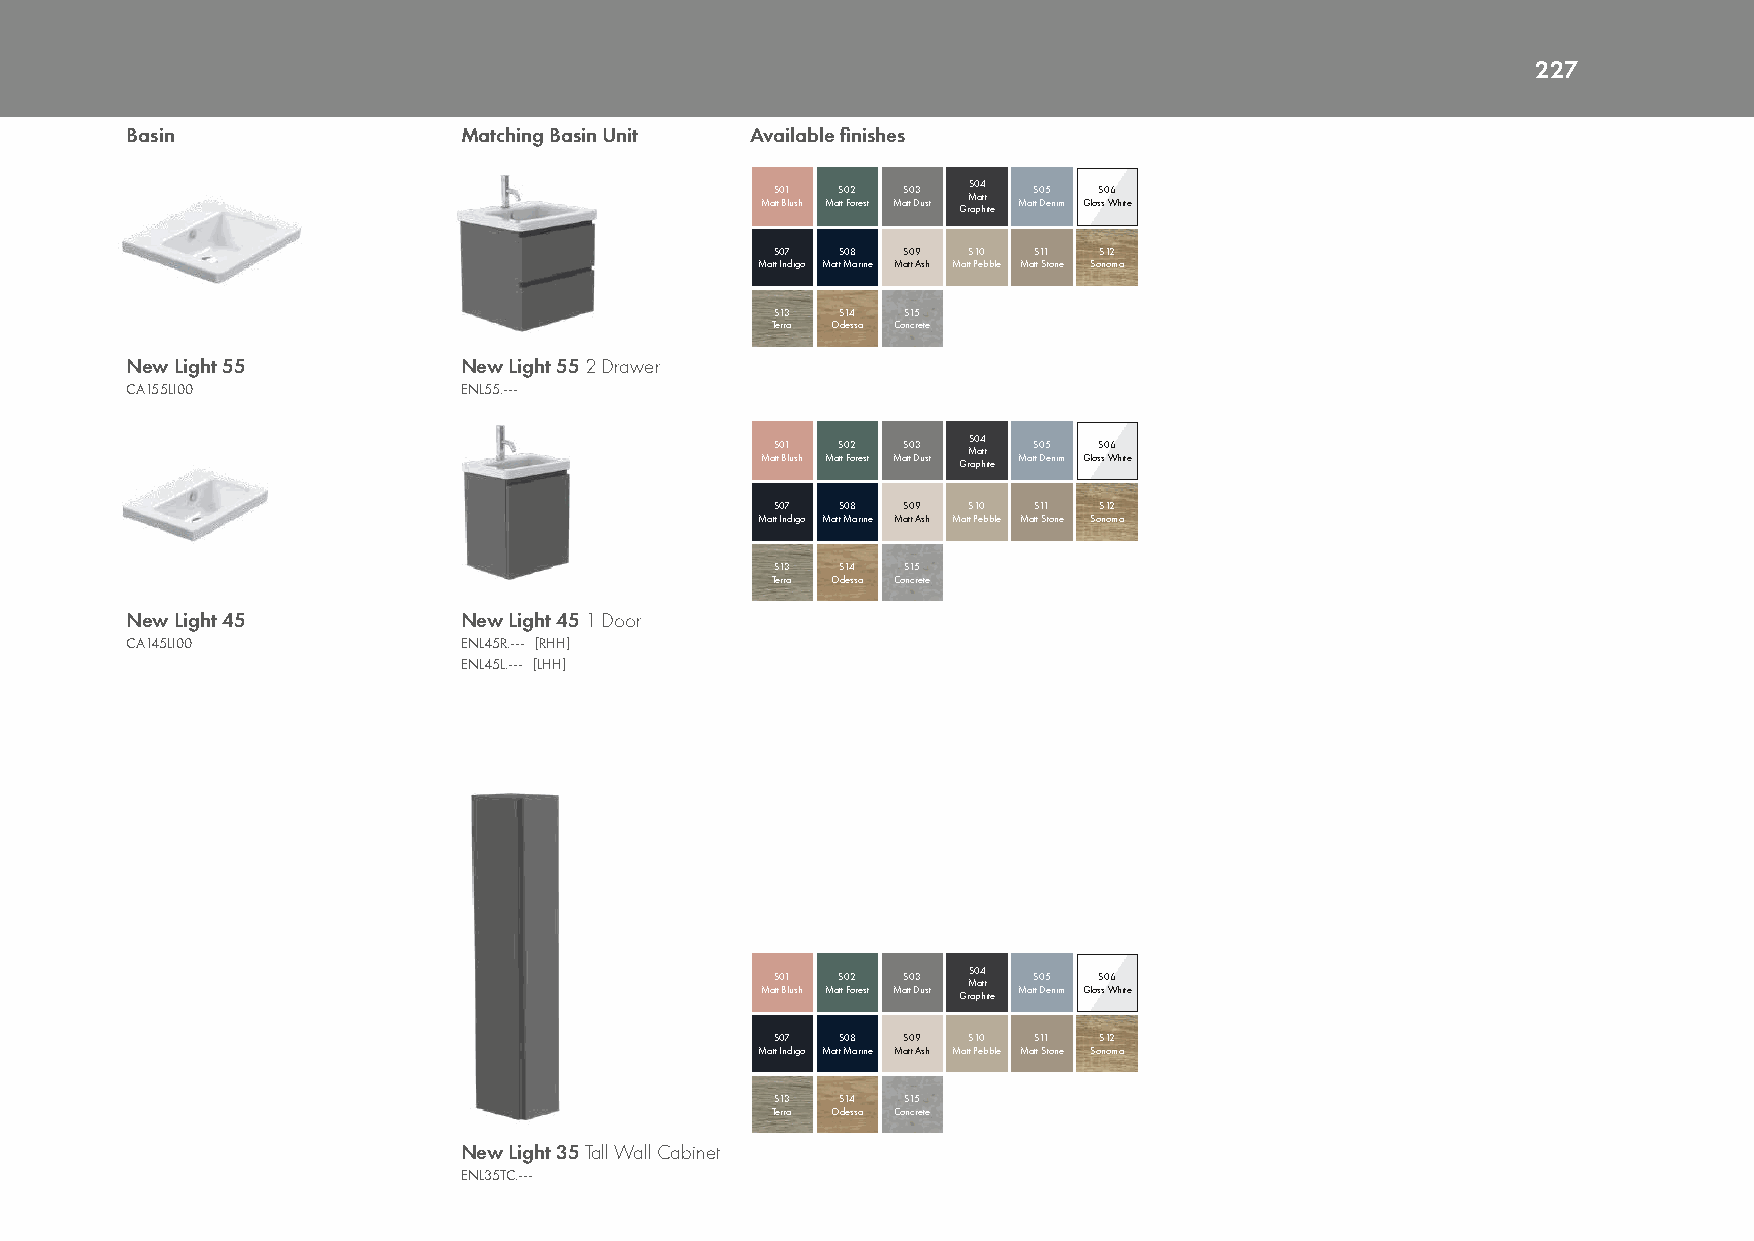
227
 Basin                 Matching Basin Unit Available finishes
 MaS tt0 B1 lush MaS tt 0 F2 orest MaS t0 t D3 ust GrMS a0 pa4 htt i te MatS t 0 D5 enim GlosS s0 W6 hite
 S07  S08 S09 S10 S11  S12
 Matt Indigo Matt Marine Matt Ash Matt Pebble Matt Stone Sonoma
 S13  S14 S15
 Terra Odessa Concrete
 New Light 55          New Light 55 2 Drawer
 CA155LI00             ENL55.---
 MaS tt0 B1 lush MaS tt 0 F2 orest MaS t0 t D3 ust GrMS a0 pa4 htt i te MatS t 0 D5 enim GlosS s0 W6 hite
 S07  S08 S09 S10 S11  S12
 Matt Indigo Matt Marine Matt Ash Matt Pebble Matt Stone Sonoma
 S13  S14 S15
 Terra Odessa Concrete
 New Light 45          New Light 45 1 Door
 CA145LI00             ENL45R.--- [RHH]
 ENL45L.--- [LHH]
 MaS tt0 B1 lush MaS tt 0 F2 orest MaS t0 t D3 ust GrMS a0 pa4 htt i te MatS t 0 D5 enim GlosS s0 W6 hite
 S07  S08 S09 S10 S11  S12
 Matt Indigo Matt Marine Matt Ash Matt Pebble Matt Stone Sonoma
 S13  S14 S15
 Terra Odessa Concrete
 New Light 35 Tall Wall Cabinet
 ENL35TC.---